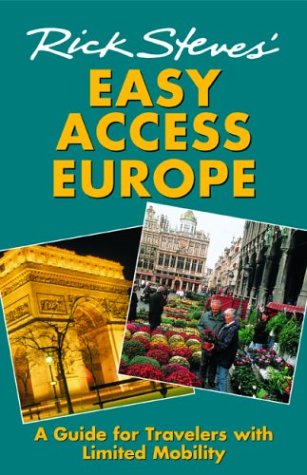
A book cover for Rick Steves' Easy Access Europe: A Guide for Travelers with Limited Mobility; Rick Steves; Travel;